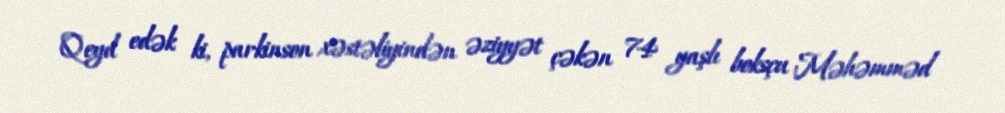
Qeyd edək ki, parkinson xəstəliyindən əziyyət çəkən 74 yaşlı boksçu Məhəmməd